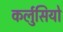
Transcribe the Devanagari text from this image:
कर्लुसियो